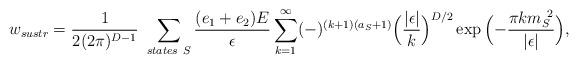
LaTeX: \begin{align*}w_{sustr} = {1\over 2(2\pi)^{D-1}}\ \sum_{states \ S}{(e_1+e_2)E\over \epsilon }\sum_{k=1}^{\infty} (-)^{(k+1)(a_{S}+1)}\Bigl({\vert\epsilon\vert\over k}\Bigr)^{D/2}\exp{\Bigl(-{\pi k m_S^{\ 2}\over \vert\epsilon\vert} \Bigr)},\end{align*}